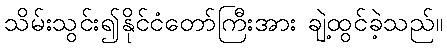
သိမ်းသွင်း၍နိုင်ငံတော်ကြီးအား ချဲ့ထွင်ခဲ့သည်။